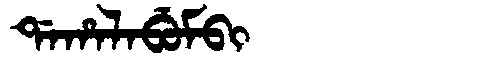
Manchu: ᡩᠠᡥᠠᠯᠠᠪᡠᠮᠪᡳ
Romanization: DAHALABUMBI